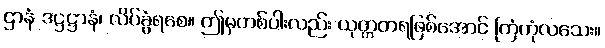
ဌာနံ ဒဋ္ဌဋ္ဌာနံ၊ လိပ်ခွံရစေ။ ဤမှတစ်ပါးလည်း ယုတ္တတရဖြစ်အောင် ကြံကုံလသေး။